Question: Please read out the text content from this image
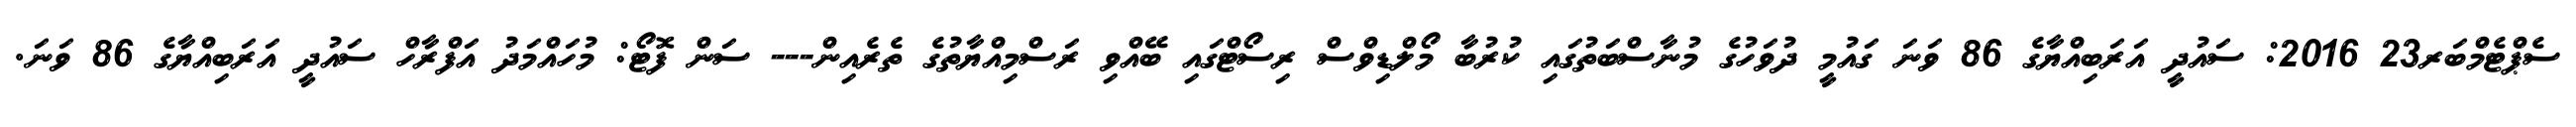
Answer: ސެޕްޓެމްބަރ23 2016: ސައުދީ އަރަބިއްޔާގެ 86 ވަނަ ގައުމީ ދުވަހުގެ މުނާސްބަތުގައި ކުރުބާ މޯލްޑިވްސް ރިސޯޓްގައި ބޭއްވި ރަސްމިއްޔާތުގެ ތެރެއިން--- ސަން ފޮޓޯ: މުހައްމަދު އަފްރާހް ސައުދީ އަރަބިއްޔާގެ 86 ވަނަ.